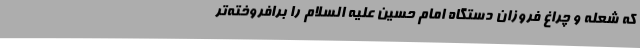
که شعله و چراغ فروزان دستگاه امام حسین علیه السلام را برافروخته‌تر